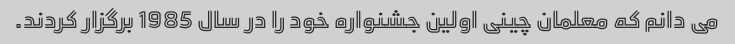
می دانم که معلمان چینی اولین جشنواره خود را در سال 1985 برگزار کردند.